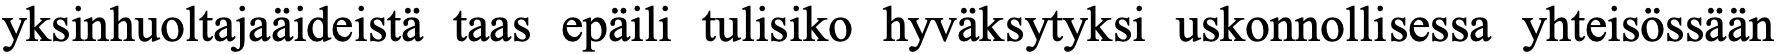
yksinhuoltajaäideistä taas epäili tulisiko hyväksytyksi uskonnollisessa yhteisössään